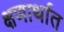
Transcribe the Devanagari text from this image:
क्षणार्थात